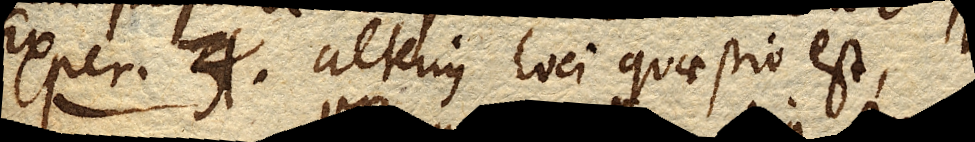
Exper. 3. alterius loci quaestio est,